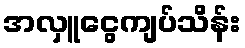
အလှူငွေကျပ်သိန်း